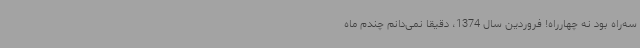
سه‌راه بود نه چهارراه! فروردین سال 1374، دقیقاً نمی‌دانم چندم ماه